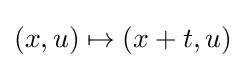
(x,u)\mapsto (x+t,u)